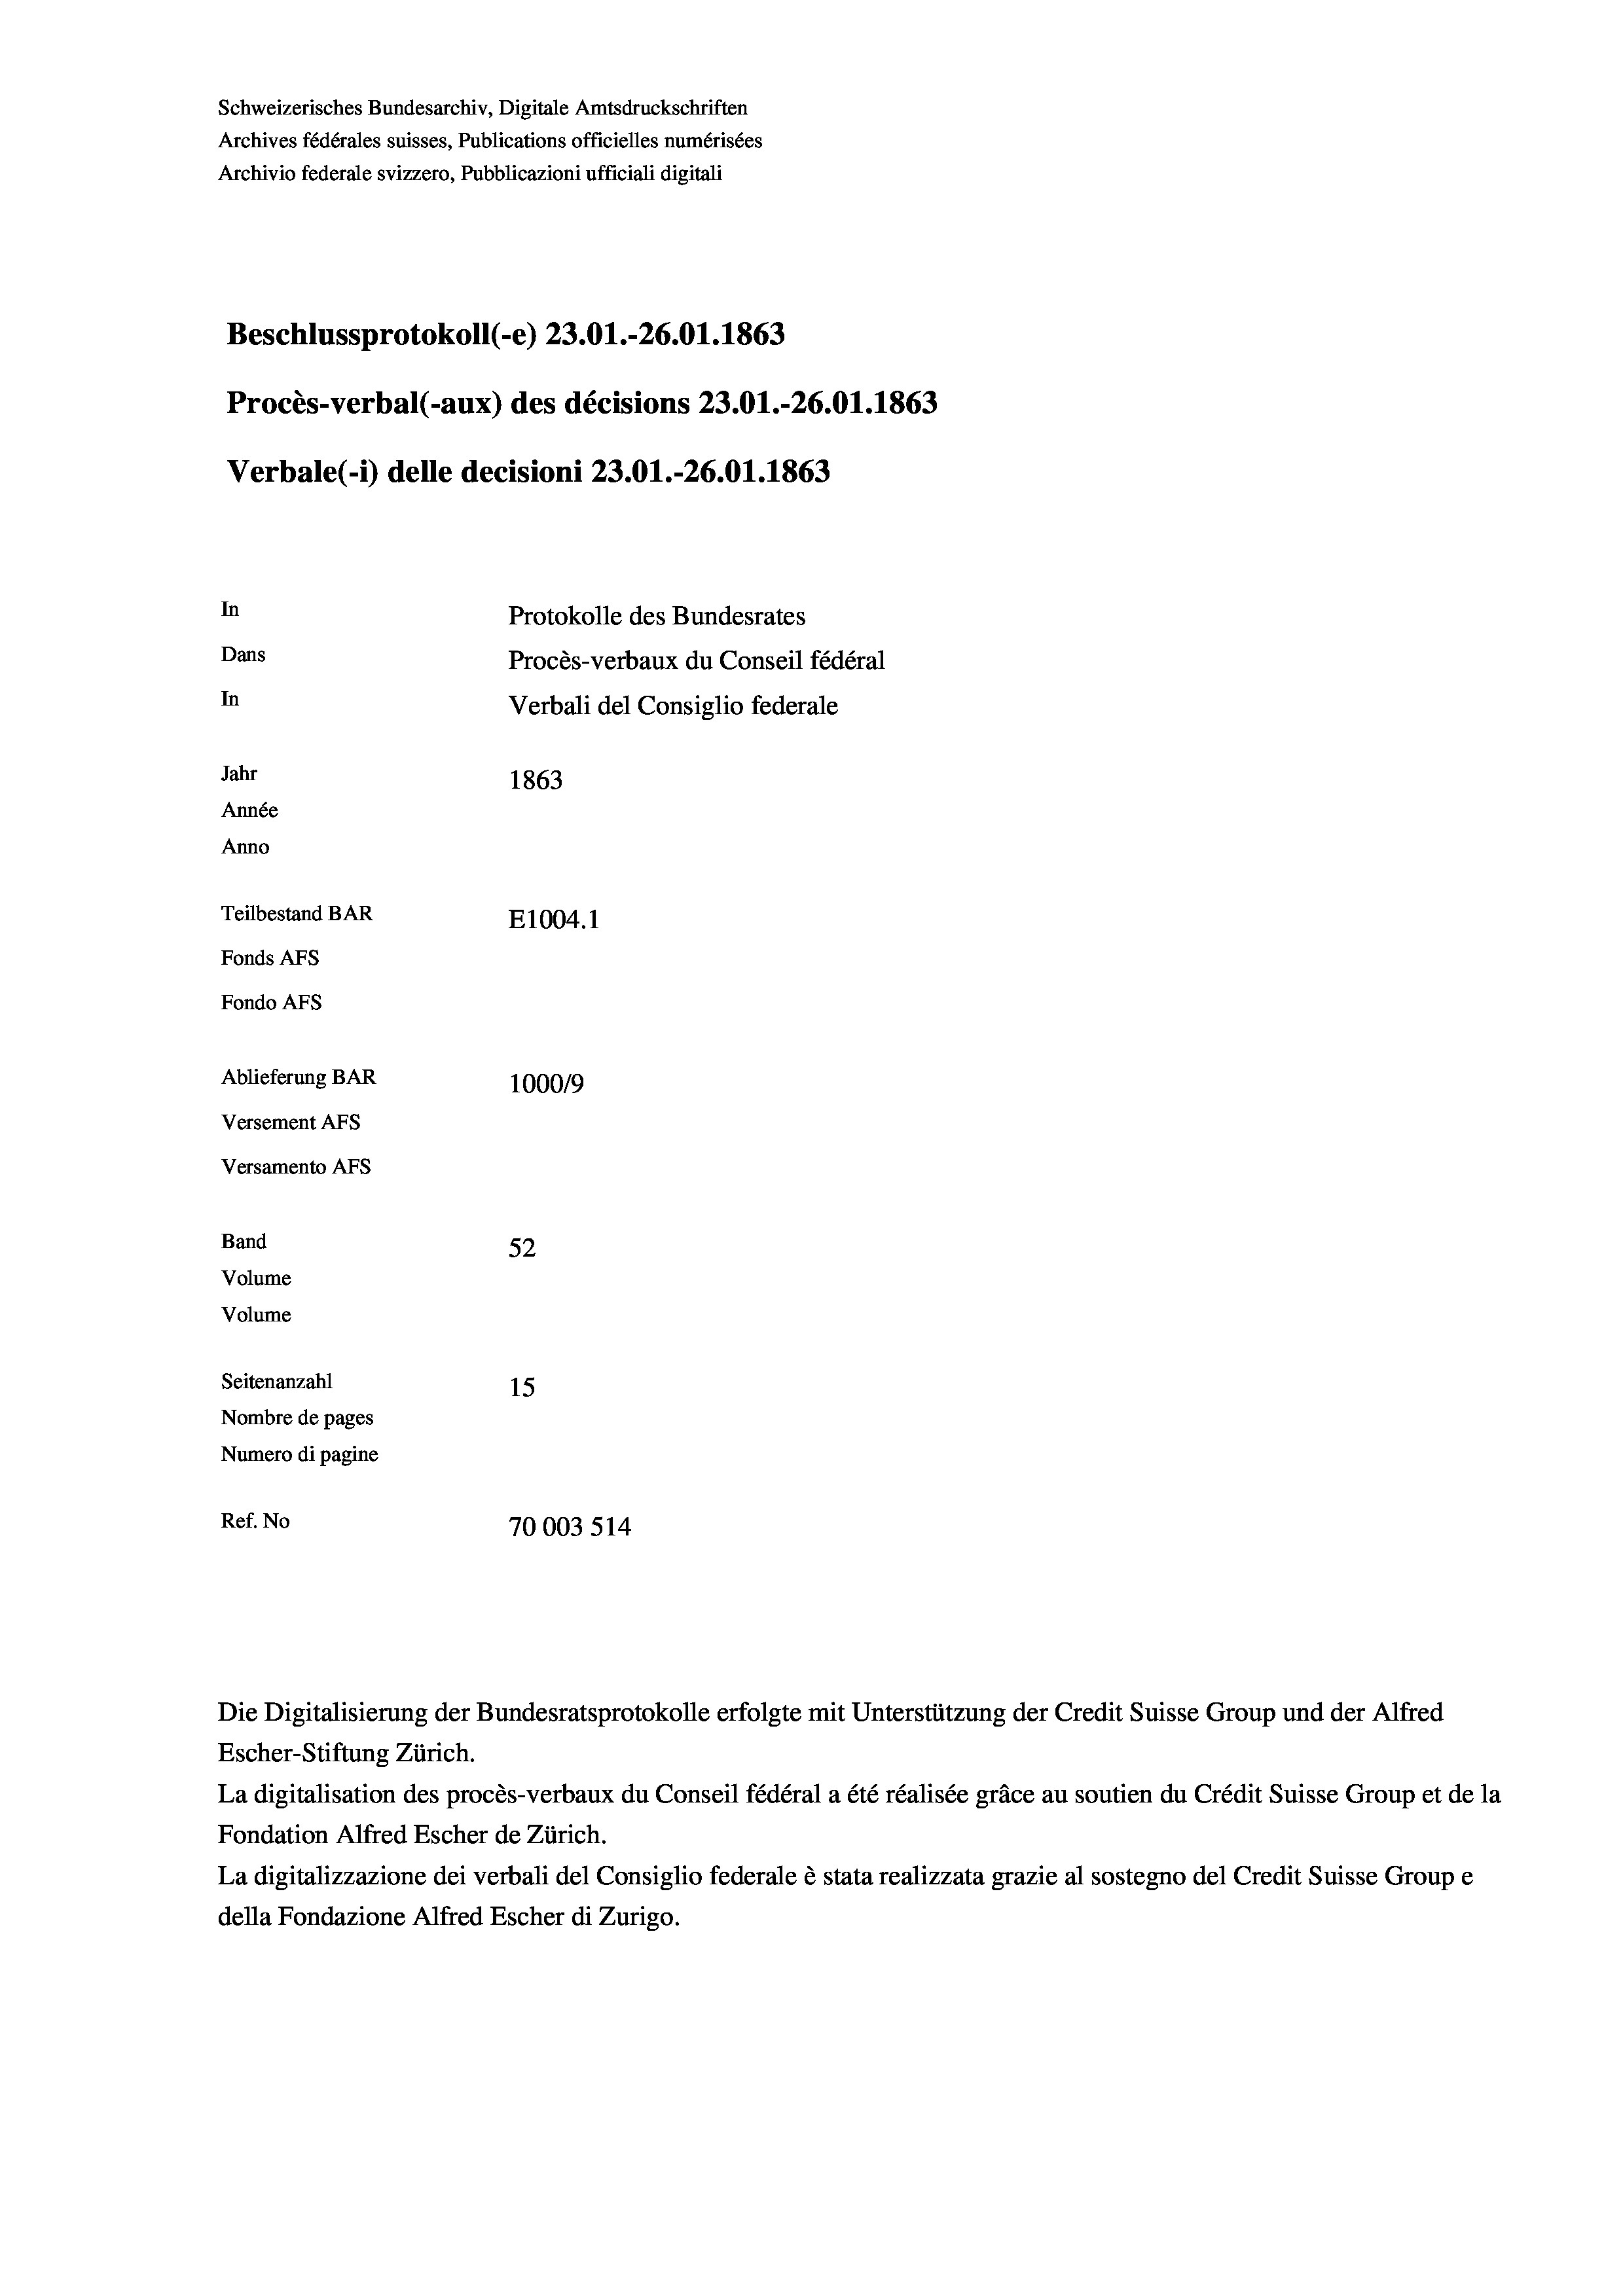
Schweizerisches Bundesarchiv, Digitale Amtsdruckschriften
Archives fédérales suisses, Publications officielles numérisées
Archivio federale svizzero, Pubblicazioni ufficiali digitali
Beschlussprotokoll (-e) 23.01.-26.01. 1863
Procès-verbal (-aux) des décisions 23.01.-26.01. 1863
Verbale(-*) delle decisioni 23.01.-26.01. 1863
In
Protokolle des Bundesrates
Dans
Procès-verbaux du Conseil fédéral
In
Verbali del Consiglio federale
Jahr
1863
Année
Anno
Teilbestand BAR
E1004.1
Fonds AFs
Fondo AFS
Ablieferung BAR
1000/9
Versement AFs
Versamento AFs
Band
52
Volume
Volume
Seitenanzahl
15
Nombre de pages
Numero di pagine
Ref. No
70003 514

Escher-Stiftung Zürich.
La digitalisation des procès-verbaux du Conseil fédéral a été réalisée gräce au soutien du Crédit Suisse Group et de la
Fondation Alfred Escher de Zürich.
La digitalizzazione dei verbali del Consiglio federale è stata realizzata grazie al sostegno del Credit Suisse Groupe
della Fondazione Alfred Escher di Zurigo.

Die Digitalisierung der Bundesratsprotokolle erfolgte mit Unterstützung der Credit Suisse Group und der Alfred